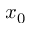
x _ { 0 }